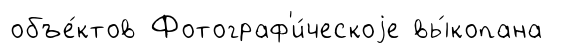
объе́ктов Фотограф'и́ческоjе вы́копана